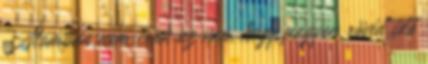
Álomban nem csak az van, hogy nagyon rövid idő